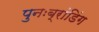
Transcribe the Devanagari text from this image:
पुनःब्रांडिंग